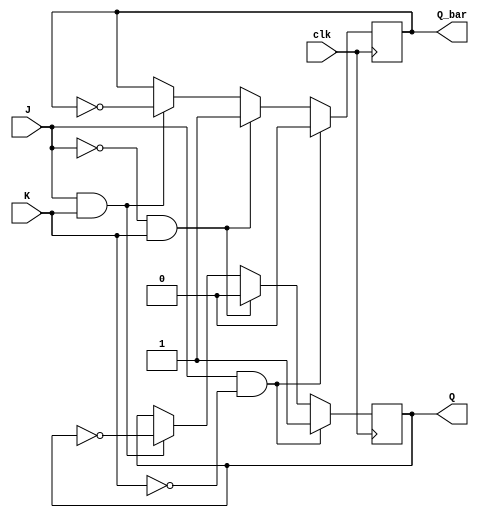
module JKFlipFlop (
    input J, // Set input
    input K, // Reset input
    input clk, // Clock input
    output reg Q, // Output Q
    output reg Q_bar // Output Q-bar
);

always @(posedge clk) begin
    if (J && ~K) begin // Set condition
        Q <= 1;
        Q_bar <= 0;
    end else if (~J && K) begin // Reset condition
        Q <= 0;
        Q_bar <= 1;
    end else if (J && K) begin // Toggle condition
        Q <= ~Q;
        Q_bar <= ~Q_bar;
    end
end

endmodule